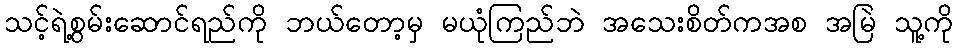
သင့်ရဲ့စွမ်းဆောင်ရည်ကို ဘယ်တော့မှ မယုံကြည်ဘဲ အသေးစိတ်ကအစ အမြဲ သူ့ကို